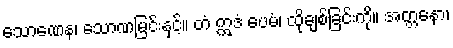
သောဏေန၊ သောဏမြင်းနှင့်။ တံ ဣဒံ ပေမံ၊ ထိုချစ်ခြင်းကို။ အတ္တနော၊